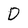
Character: D